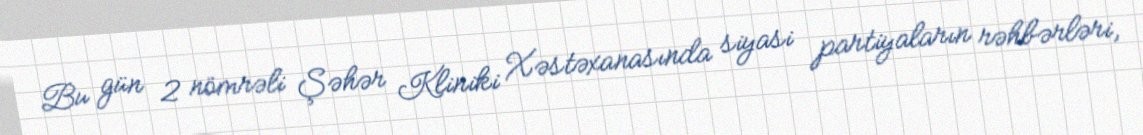
Bu gün 2 nömrəli Şəhər Kliniki Xəstəxanasında siyasi partiyaların rəhbərləri,